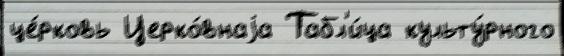
це́рковь Церко́внаjа Табл'и́ца культу́рного